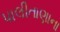
પાલીતાણાના